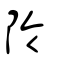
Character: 阾